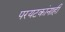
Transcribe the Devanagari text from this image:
परयटकांनाही